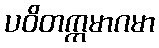
ပဝိတက္ကမာဂမာ